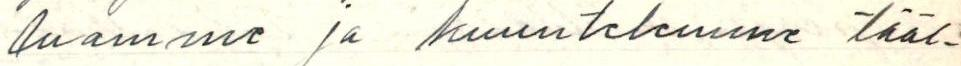
luamme ja kuuntelemme tääl-